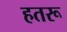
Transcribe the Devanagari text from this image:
हतरू